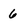
Character: 6